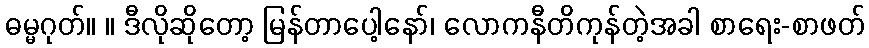
ဓမ္မဂုတ်။ ။ ဒီလိုဆိုတော့ မြန်တာပေါ့နော်၊ လောကနီတိကုန်တဲ့အခါ စာရေး-စာဖတ်